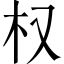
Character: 权